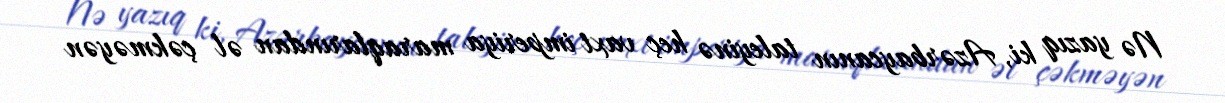
Nə yazıq ki, Azərbaycanın taleyinə heç vaxt imperiya maraqlarından əl çəkməyən